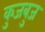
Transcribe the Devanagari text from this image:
कुजबुज